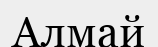
Алмай